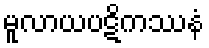
မူလာယပဋိကဿနံ